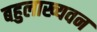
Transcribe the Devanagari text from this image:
बहुलाख्यवन